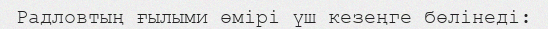
Радловтың ғылыми өмірі үш кезеңге бөлінеді: